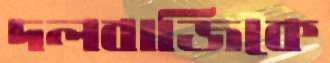
দলবাজিকে